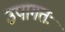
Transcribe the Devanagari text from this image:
उपागतः